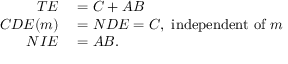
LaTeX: \begin{array} { r l } { T E } & { { } = C + A B } \\ { C D E ( m ) } & { { } = N D E = C , { \mathrm { ~ i n d e p e n d e n t ~ o f ~ } } m } \\ { N I E } & { { } = A B . } \end{array}